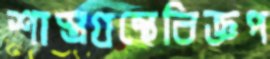
শাস্ত্রগ্রন্থেবিজ্ঞপ